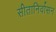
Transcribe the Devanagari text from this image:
सीतानिर्वासन